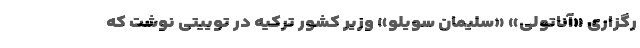
رگزاری «آناتولی» «سلیمان سویلو» وزیر کشور ترکیه در توییتی نوشت که